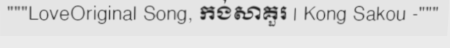
"""LoveOriginal Song, កង់សាគួរ | Kong Sakou -"""